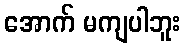
အောက် မကျပါဘူး